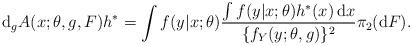
LaTeX: \begin{align*}\mathrm{d}_gA(x;\theta,g,F)h^* = \int f(y|x;\theta)\frac{\int f(y|x;\theta)h^*(x)\,\mathrm{d}x }{\{f_Y(y;\theta,g)\}^2} \pi_2(\mathrm{d}F).\end{align*}